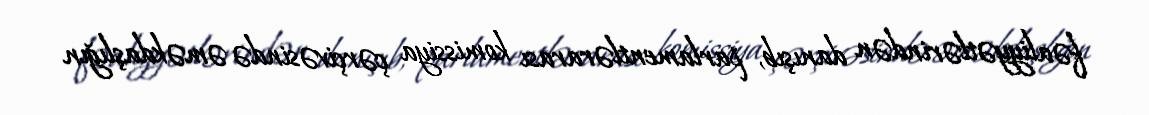
fəaliyyətlərindən danışıb, parlamentlərarası komissiya çərçivəsində əməkdaşlığın